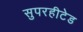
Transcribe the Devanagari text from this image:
सुपरहीटेड